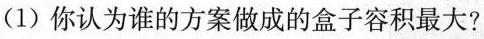
(1)你认为谁的方案做成的盒子容积最大?